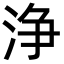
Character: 浄